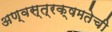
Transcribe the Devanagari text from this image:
अण्वस्त्रक्षमतेची